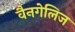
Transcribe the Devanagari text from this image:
वैनगेलिज